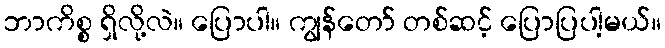
ဘာကိစ္စ ရှိလို့လဲ။ ပြောပါ။ ကျွန်တော် တစ်ဆင့် ပြောပြပါ့မယ်။